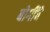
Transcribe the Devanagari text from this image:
बोगींचे